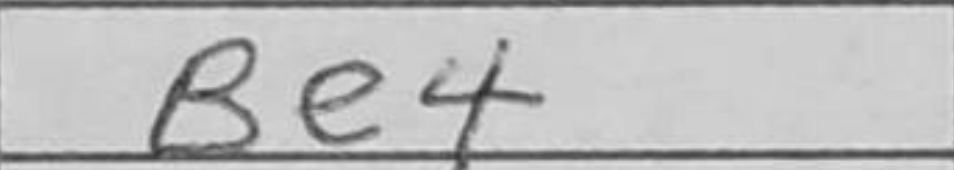
Transcription: Be4